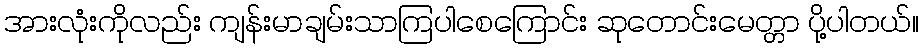
အားလုံးကိုလည်း ကျန်းမာချမ်းသာကြပါစေကြောင်း ဆုတောင်းမေတ္တာ ပို့ပါတယ်။